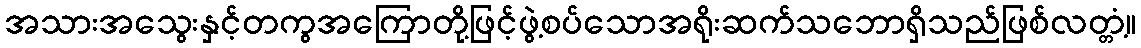
အသားအသွေးနှင့်တကွအကြောတို့ဖြင့်ဖွဲ့စပ်သောအရိုးဆက်သဘောရှိသည်ဖြစ်လတ္တံ့။